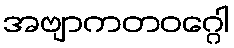
အဗျာကတဝဂ္ဂေါ